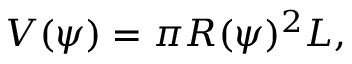
V ( \psi ) = \pi R ( \psi ) ^ { 2 } L ,